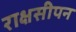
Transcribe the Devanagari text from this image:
राक्षसीपन